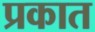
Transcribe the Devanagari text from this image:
प्रकात